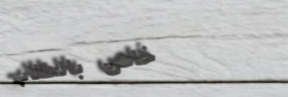
خاص بالطلاب